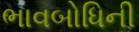
ભાવબોધિની